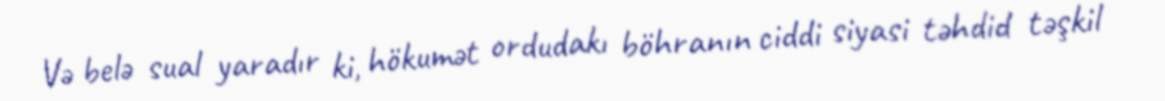
Və belə sual yaradır ki, hökumət ordudakı böhranın ciddi siyasi təhdid təşkil